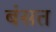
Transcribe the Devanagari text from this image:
बंसत